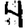
Digit: 4